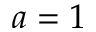
a = 1